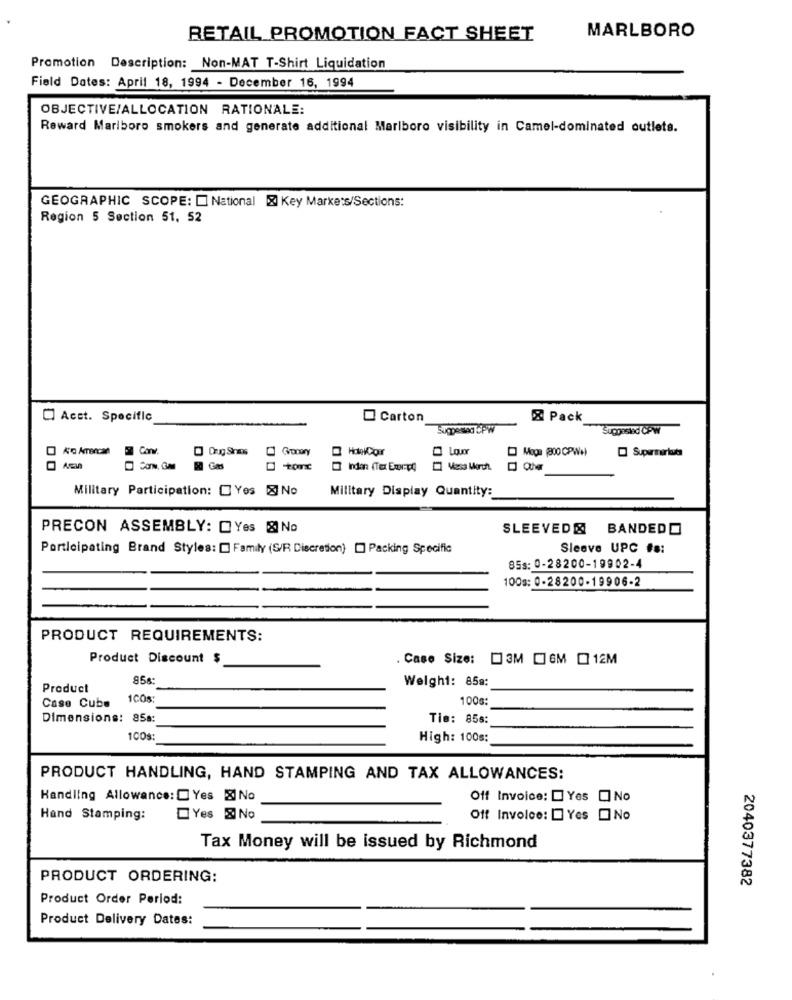
MARLBORO
RETAIL PROMOTION FACT SHEET
Promotion Description: Non-MAT T-Shirt Liquidation
Field Dates: April 18, 1994 - December 16, 1994
OBJECTIVE/ALLOCATION RATIONALE:
Reward Marlboro smokers and generate additional Marlboro visibility in Camel-dominated outlets.
GEOGRAPHIC SCOPE: [ National & Key Markets/Sections:
Region 5 Section 51, 52
Acct. Specific
Carton
& Pack
Supposed CPW
Carv.
HookCor
Gas
O Cher
Military Participation: [ Yes No
Military Display Quantity:
PRECON ASSEMBLY: [ Yes & No
SLEEVED& BANDED
Participating Brand Styles: [ Family (S/R Discretion) [] Packing Specific
Sleave UPC #s:
85s: 0-28200-19902-4
100s: 0-28200-19906-2
PRODUCT REQUIREMENTS:
Product Discount $
. Caso Size: 3M 6M [ 12M
856
Welghi: 85a:
Product
Case Cube
1COs
100g:
Dimensions: 858:
Tie: 856:
100s
High: 100s:
PRODUCT HANDLING, HAND STAMPING AND TAX ALLOWANCES:
Handling Allowance: Yes & No
Off Invoice: [ Yes ONo
Hand Stamping:
Yes & No
Off Involce: Yes No
Tax Money will be issued by Richmond
PRODUCT ORDERING:
2040377382
Product Order Period:
Product Delivery Dates: